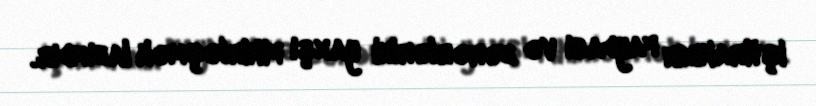
iştirakının faydası və zərərlərini yaxşı fikirləşmək lazımdır.